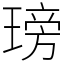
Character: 𤧭